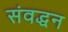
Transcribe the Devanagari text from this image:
संवद्धन